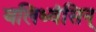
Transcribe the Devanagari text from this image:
बलिध्वंसिन्